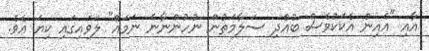
އާއި "އެއިން އެކަކުވެސް ބުއްދި ސަލާމަތުން ނުހުންނާނެ ނަމައޭ" ލަވައިގައި ކިޔަ އެވެ.